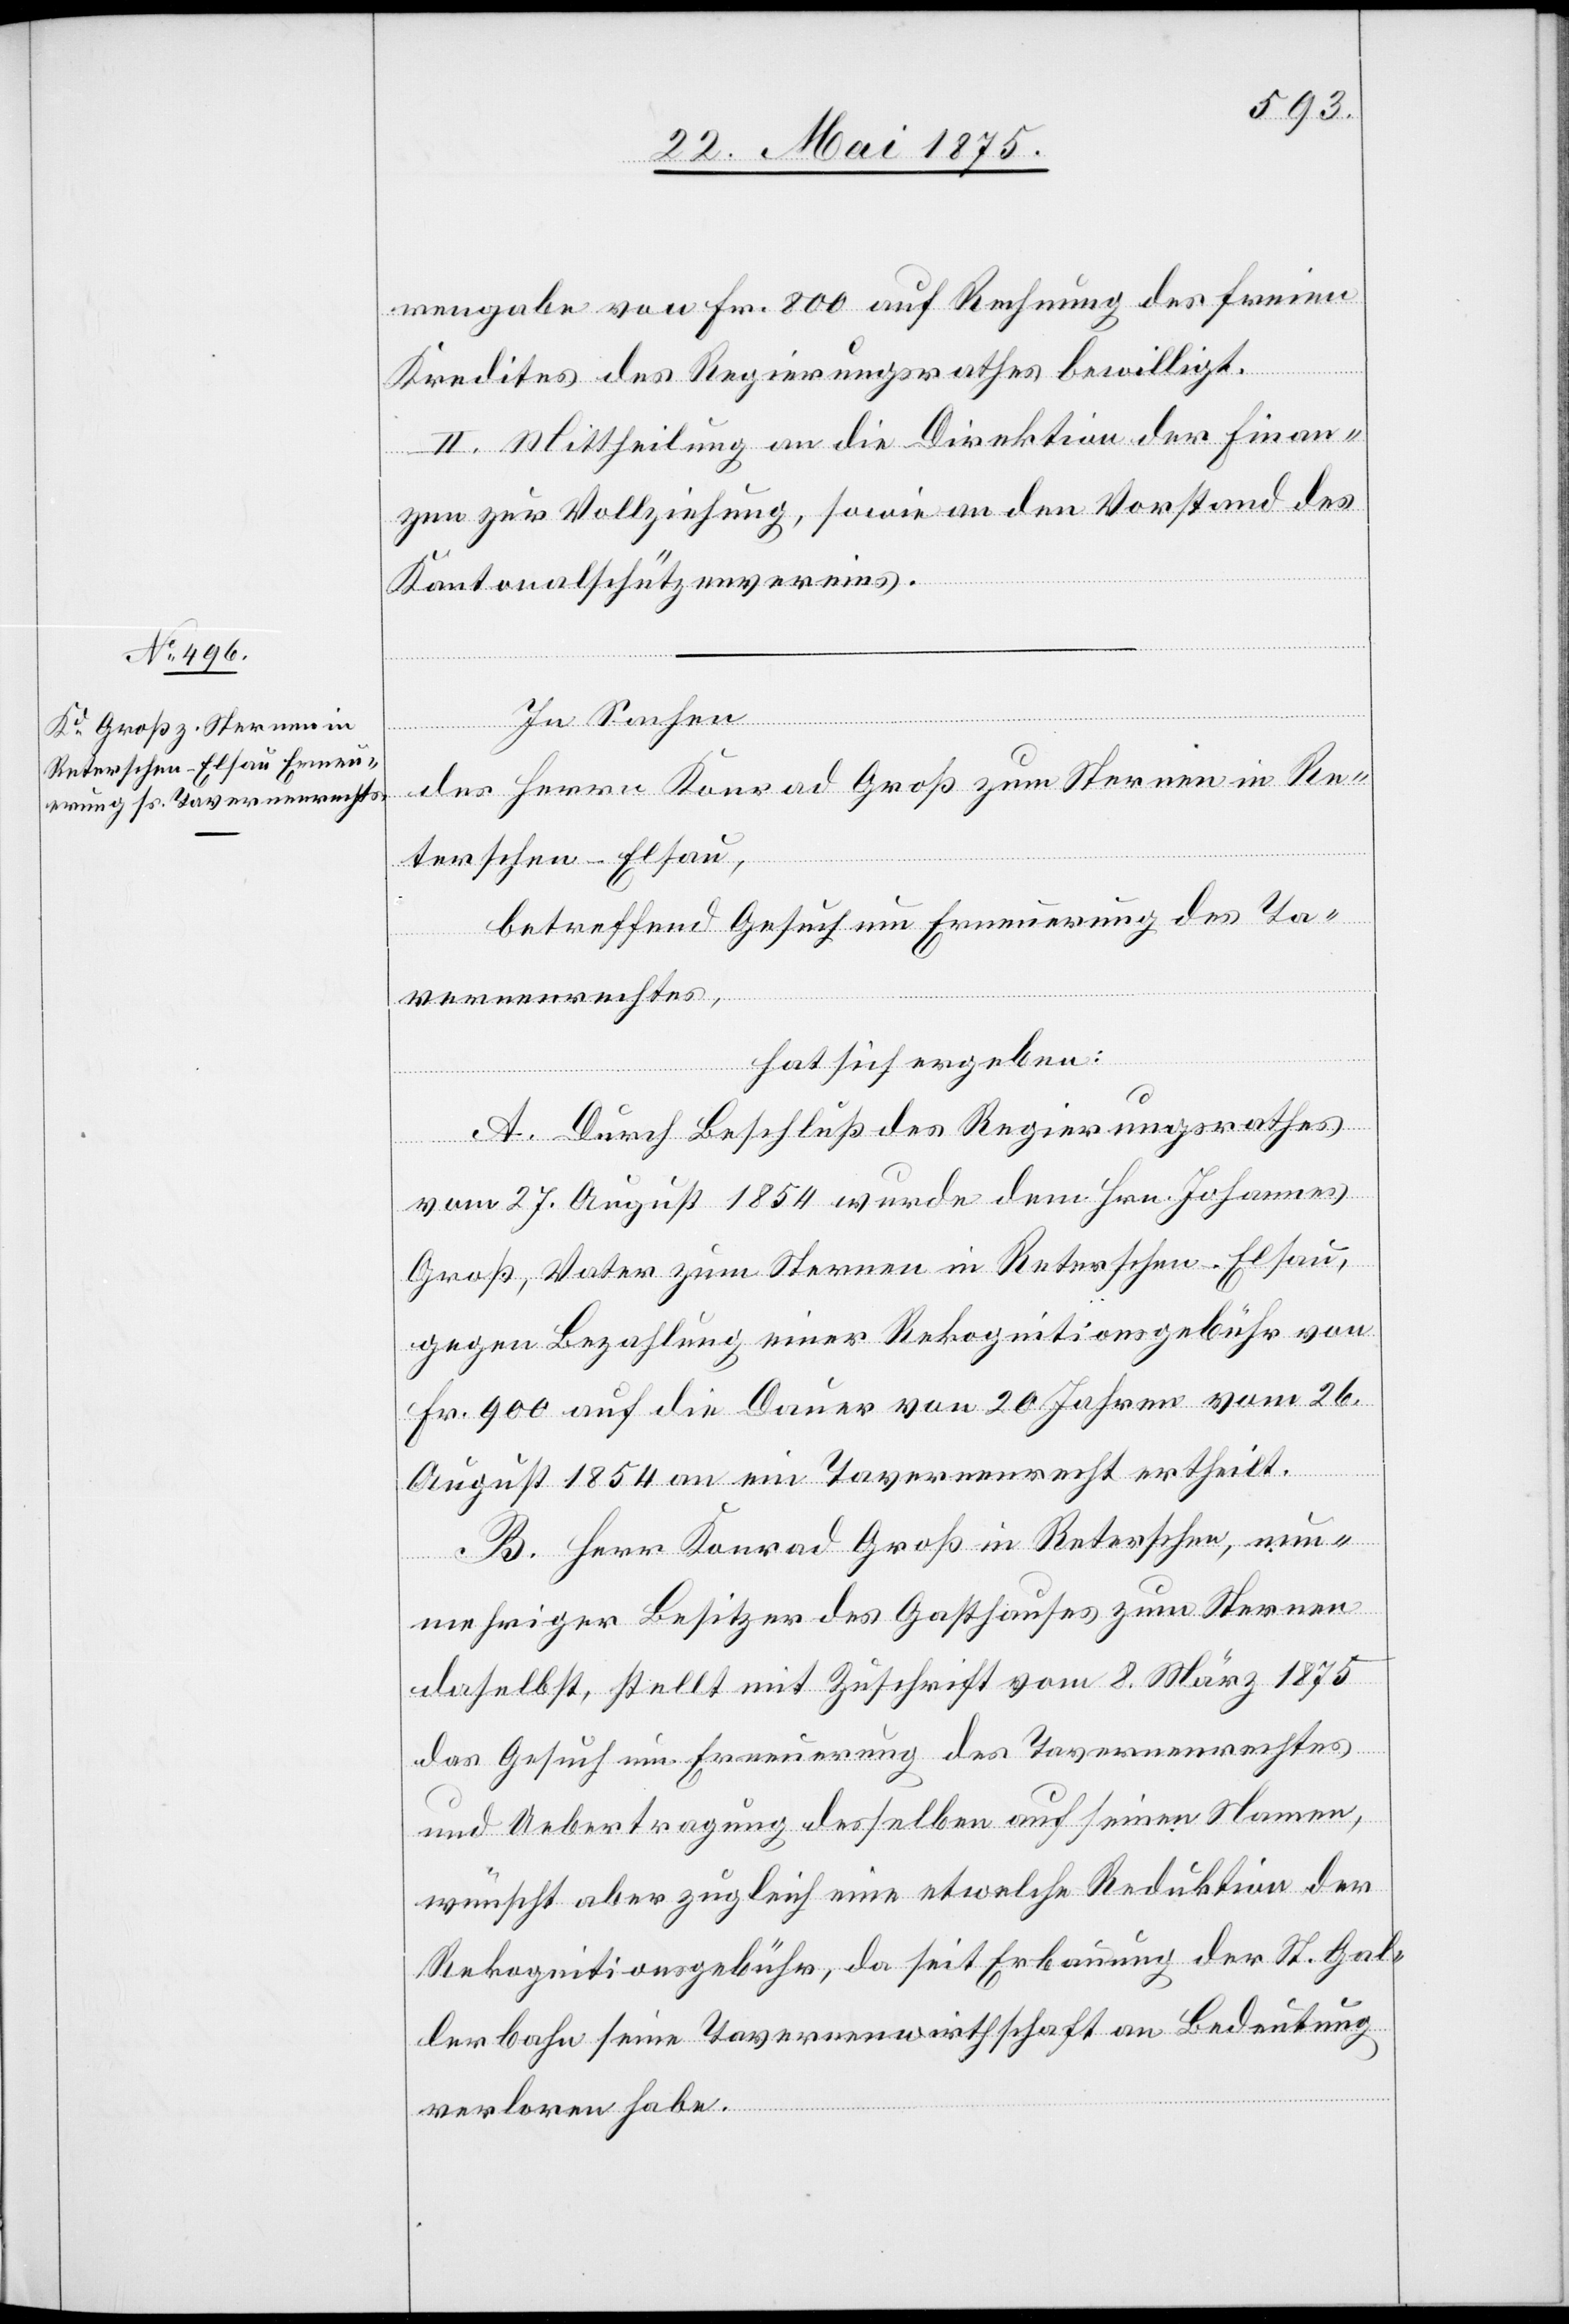
rengabe von Fr. 800 auf Rechnung des freien
Kredites des Regierungsrathes bewilligt.
II. Mittheilung an die Direktion der Finan¬
zen zur Vollziehung, sowie an den Vorstand des
Kantonalschützenvereins.
In Sachen
des Herrn Konrad Groß zum Sternen in Re¬
terschen - Elsau,
betreffend Gesuch um Erneuerung des Ta¬
vernenrechtes,
hat sich ergeben:
A. Durch Beschluß des Regierungsrathes
vom 27. August 1854 wurde dem Hrn. Johannes
Groß, Vater zum Sternen in Reterschen-Elsau,
gegen Bezahlung einer Rekognitionsgebühr von
Fr. 900 auf die Dauer von 20 Jahren vom 26.
August 1854 an ein Tavernenrecht ertheilt.
B. Herr Konrad Groß in Reterschen, nun¬
mehriger Besitzer des Gasthauses zum Sternen
daselbst, stellt mit Zuschrift vom 8. März 1875
das Gesuch um Erneuerung des Tavernenrechtes
und Uebertragung desselben auf seinen Namen,
wünscht aber zugleich eine etwelche Reduktion der
Rekognitionsgebühr, da seit Erbauung der St. Gal¬
lenbahn seine Tavernenwirthschaft an Bedeutung
verloren habe.